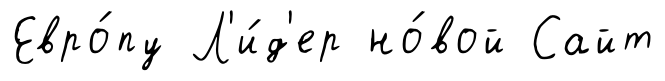
Евро́пу Л'и́д'ер но́вой Сайт